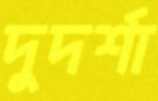
দুদর্শা